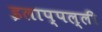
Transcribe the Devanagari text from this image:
इलाप्पल्ली